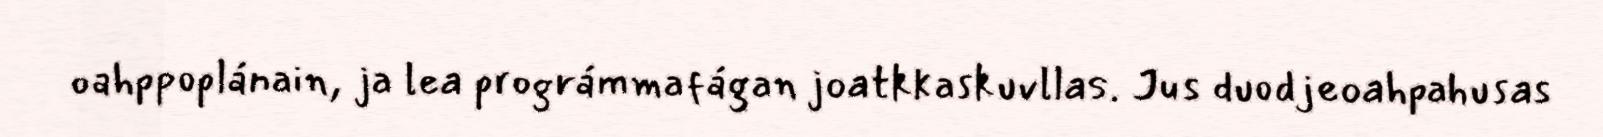
oahppoplánain, ja lea prográmmafágan joatkkaskuvllas. Jus duodjeoahpahusas